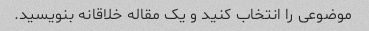
موضوعی را انتخاب کنید و یک مقاله خلاقانه بنویسید.